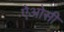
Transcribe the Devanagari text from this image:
ऐओसी